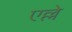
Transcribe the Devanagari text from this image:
एल्ले